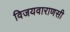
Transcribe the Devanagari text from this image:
विजयवाराणसी